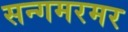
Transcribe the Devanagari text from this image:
सन्गमरमर